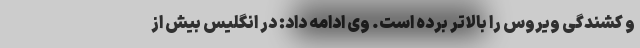
و کشندگی ویروس را بالاتر برده است. وی ادامه داد: در انگلیس بیش از